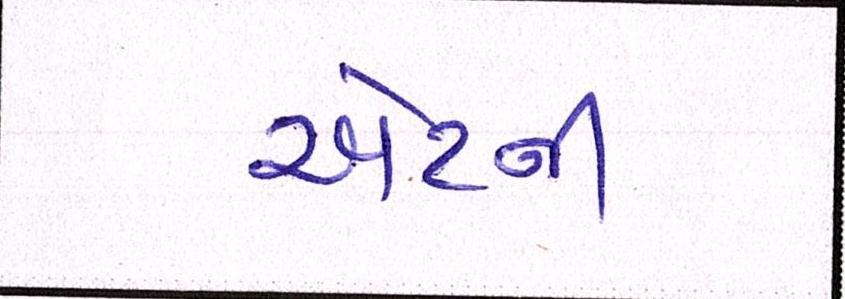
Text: એટર્ની